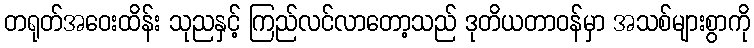
တရုတ်အဝေးထိန်း သုညနှင့် ကြည်လင်လာတော့သည် ဒုတိယတာဝန်မှာ အသစ်များစွာကို